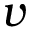
v